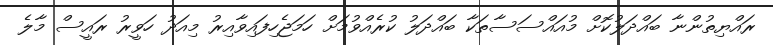
ރައްޔިތުންނާ ބައްދަލުކޮށް މުއައްސަސާތަކާ ބައްދަލު ކުރެއްވުމަށް ހަމަޖެހިފައިވާއިރު މިއަދު ހަވީރު ރައީސް މާލެ